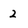
Character: 2